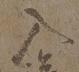
入